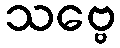
သဗ္ဗေ